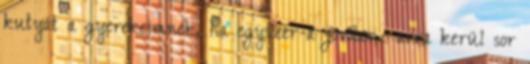
kutyát a gyerekeimnek, ha egyszer-a jövőben- arra kerül sor